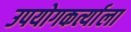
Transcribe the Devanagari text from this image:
उपयोगकर्त्याला